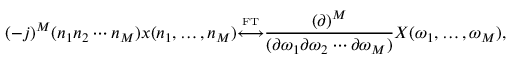
( - j ) ^ { M } ( n _ { 1 } n _ { 2 } \cdots n _ { M } ) x ( n _ { 1 } , \ldots , n _ { M } ) { \overset { \underset { \mathrm { F T } } { } } { \longleftrightarrow } } { \frac { ( \partial ) ^ { M } } { ( \partial \omega _ { 1 } \partial \omega _ { 2 } \cdots \partial \omega _ { M } ) } } X ( \omega _ { 1 } , \ldots , \omega _ { M } ) ,